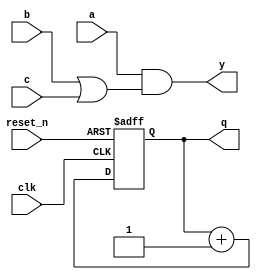
module example (
    input wire clk,          // Clock input
    input wire reset_n,     // Active low reset
    input wire a, b, c,     // Combinational inputs
    output reg y,           // Combinational output
    output reg [3:0] q      // Sequential output (register)
);

// Combinational Logic
always @* begin
    // Example combinational logic: y = a AND (b OR c)
    y = a & (b | c);
end

// Sequential Logic
always @(posedge clk or negedge reset_n) begin
    if (!reset_n) begin
        // Asynchronous reset
        q <= 4'b0000; // Reset output to 0
    end else begin
        // Example sequential logic: Increment q on every clock edge
        q <= q + 1'b1;
    end
end

endmodule